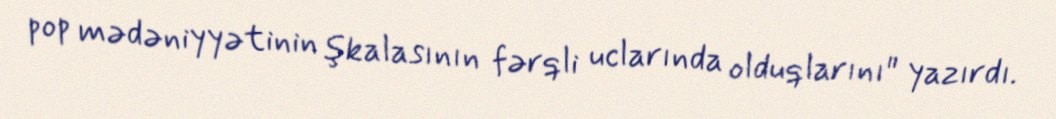
pop mədəniyyətinin şkalasının fərqli uclarında olduqlarını" yazırdı.